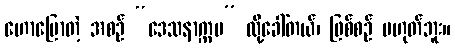
ဟောပြောတဲ့ အစဉ် “ဒေသနာက္ကမ” လို့ခေါ်တယ်၊ ဖြစ်စဉ် မဟုတ်ဘူး။